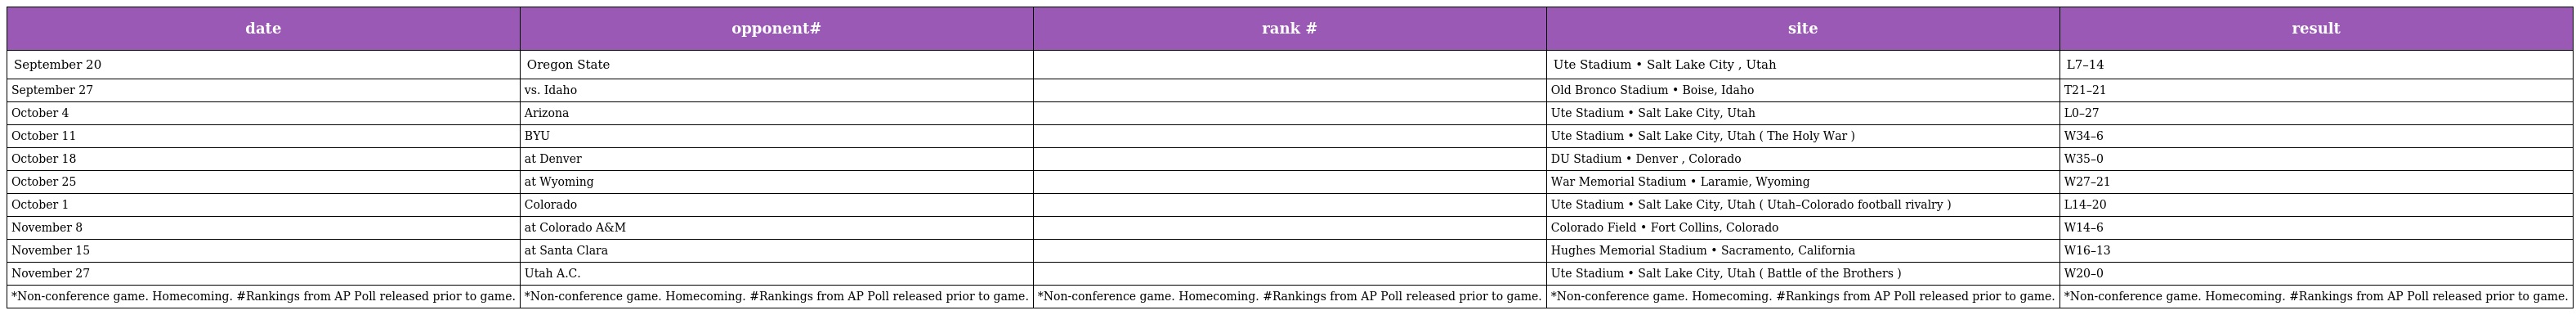
| date | opponent# | rank # | site | result |
 | --- | --- | --- | --- | --- |
 | September 20 | Oregon State |  | Ute Stadium • Salt Lake City , Utah | L7–14 |
 | September 27 | vs. Idaho |  | Old Bronco Stadium • Boise, Idaho | T21–21 |
 | October 4 | Arizona |  | Ute Stadium • Salt Lake City, Utah | L0–27 |
 | October 11 | BYU |  | Ute Stadium • Salt Lake City, Utah ( The Holy War ) | W34–6 |
 | October 18 | at Denver |  | DU Stadium • Denver , Colorado | W35–0 |
 | October 25 | at Wyoming |  | War Memorial Stadium • Laramie, Wyoming | W27–21 |
 | October 1 | Colorado |  | Ute Stadium • Salt Lake City, Utah ( Utah–Colorado football rivalry ) | L14–20 |
 | November 8 | at Colorado A&M |  | Colorado Field • Fort Collins, Colorado | W14–6 |
 | November 15 | at Santa Clara |  | Hughes Memorial Stadium • Sacramento, California | W16–13 |
 | November 27 | Utah A.C. |  | Ute Stadium • Salt Lake City, Utah ( Battle of the Brothers ) | W20–0 |
 | *Non-conference game. Homecoming. #Rankings from AP Poll released prior to game. | *Non-conference game. Homecoming. #Rankings from AP Poll released prior to game. | *Non-conference game. Homecoming. #Rankings from AP Poll released prior to game. | *Non-conference game. Homecoming. #Rankings from AP Poll released prior to game. | *Non-conference game. Homecoming. #Rankings from AP Poll released prior to game. |